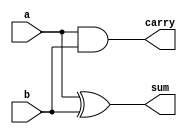
// Code your design here

module half_addr(a,b,sum,carry);
input a,b;
output sum,carry;
xor x1(sum,a,b);
and a1(carry,a,b);
endmodule